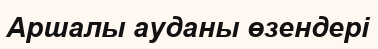
Аршалы ауданы өзендері